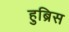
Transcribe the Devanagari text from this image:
हुब्रिस